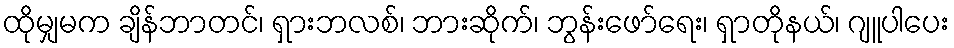
ထိုမျှမက ချိန်ဘာတင်၊ ရှားဘလစ်၊ ဘားဆိုက်၊ ဘွန်းဖော်ရေး၊ ရှာတိုနယ်၊ ဂျူပါပေး